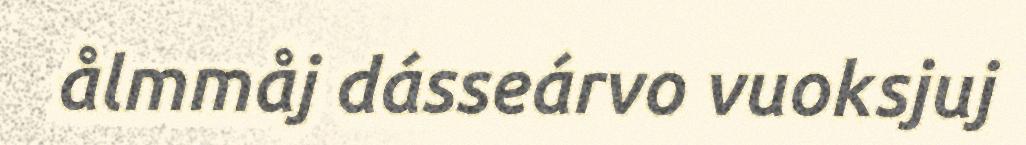
ålmmåj dásseárvo vuoksjuj